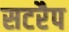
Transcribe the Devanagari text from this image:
सटरैप